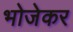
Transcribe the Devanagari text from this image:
भोजेकर